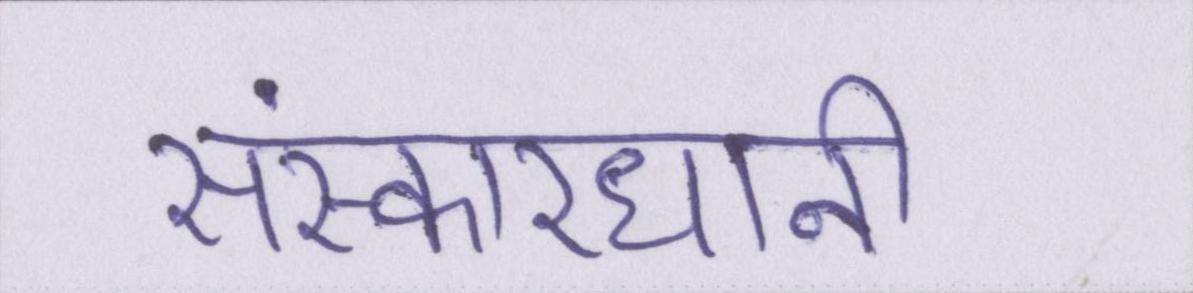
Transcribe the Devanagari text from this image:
संस्कारधानी